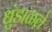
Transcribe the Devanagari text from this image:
धुंडाळले